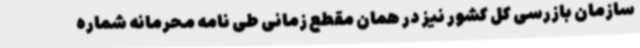
سازمان بازرسی کل کشور نیز در همان مقطع زمانی طی نامه محرمانه شماره